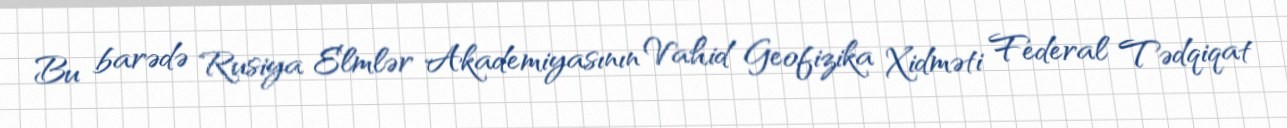
Bu barədə Rusiya Elmlər Akademiyasının Vahid Geofizika Xidməti Federal Tədqiqat